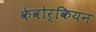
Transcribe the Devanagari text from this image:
केवोर्कियन